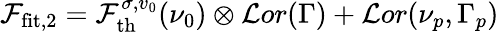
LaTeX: \mathcal{F}_{\mathrm{fit},2}=\mathcal{F}_{\mathrm{th}}^{\sigma,v_{0}}(\nu_{0})\otimes\mathcal{L}or(\Gamma)+\mathcal{L}or(\nu_{p},\Gamma_{p})